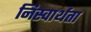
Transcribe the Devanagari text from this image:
निस्वार्थता